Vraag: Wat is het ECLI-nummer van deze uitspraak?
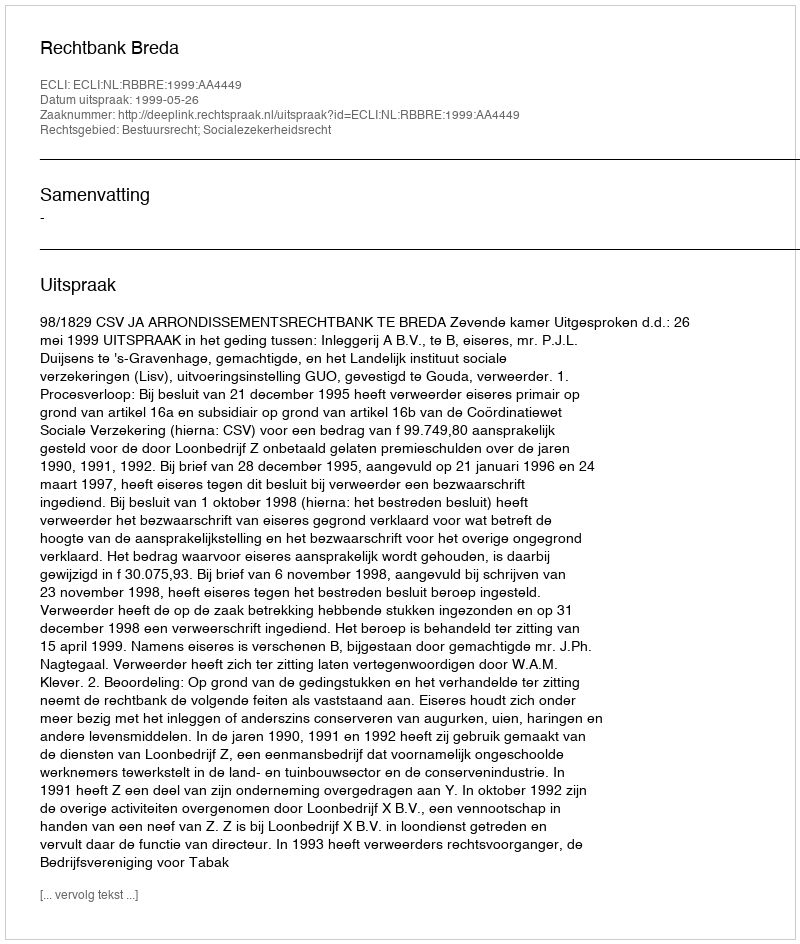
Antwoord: ECLI:NL:RBBRE:1999:AA4449